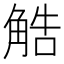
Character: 䚛